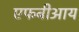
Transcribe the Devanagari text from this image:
एफबीआय